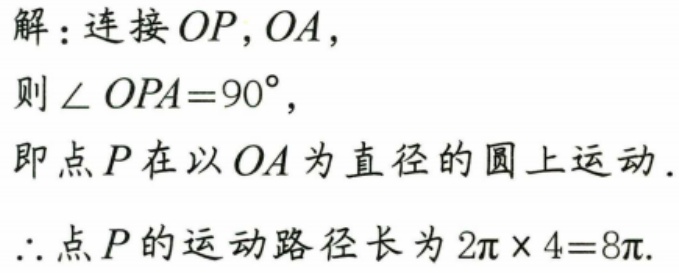
解：连接 \(OP,OA\)，
则 \(\angle OPA = 90^{\circ}\)，
即点 \(P\) 在以 \(OA\) 为直径的圆上运动.
\(\therefore\) 点 \(P\) 的运动路径长为 \(2\pi\times4 = 8\pi\).